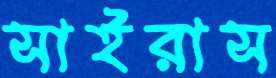
সাইরাস